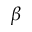
\beta